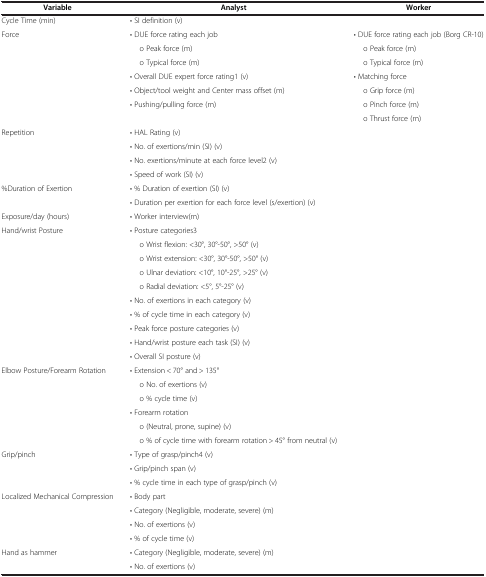
| Variable | Analyst | Worker |
 | --- | --- | --- |
 | Cycle Time (min) | • SI definition (v) |  |
 | <ROWSPAN=7> Force | • DUE force rating each job | • DUE force rating each job (Borg CR-10) |
 | o Peak force (m) | o Peak force (m) |
 | o Typical force (m) | o Typical force (m) |
 | • Overall DUE expert force rating1 (v) | • Matching force |
 | • Object/tool weight and Center mass offset (m) | o Grip force (m) |
 | • Pushing/pulling force (m) | o Pinch force (m) |
 |  | o Thrust force (m) |
 | <ROWSPAN=4> Repetition | • HAL Rating (v) |  |
 | • No. of exertions/min (SI) (v) |  |
 | • No. exertions/minute at each force level2 (v) |  |
 | • Speed of work (SI) (v) |  |
 | <ROWSPAN=2> %Duration of Exertion | • % Duration of exertion (SI) (v) |  |
 | • Duration per exertion for each force level (s/exertion) (v) |  |
 | Exposure/day (hours) | • Worker interview(m) |  |
 | <ROWSPAN=10> Hand/wrist Posture | • Posture categories3 |  |
 | o Wrist flexion: <30°, 30°-50°, >50° (v) |  |
 | o Wrist extension: <30°, 30°-50°, >50° (v) |  |
 | o Ulnar deviation: <10°, 10°-25°, >25° (v) |  |
 | o Radial deviation: <5°, 5°-25° (v) |  |
 | • No. of exertions in each category (v) |  |
 | • % of cycle time in each category (v) |  |
 | • Peak force posture categories (v) |  |
 | • Hand/wrist posture each task (SI) (v) |  |
 | • Overall SI posture (v) |  |
 | <ROWSPAN=6> Elbow Posture/Forearm Rotation | • Extension < 70° and > 135° |  |
 | o No. of exertions (v) |  |
 | o % cycle time (v) |  |
 | • Forearm rotation |  |
 | o (Neutral, prone, supine) (v) |  |
 | o % of cycle time with forearm rotation > 45° from neutral (v) |  |
 | <ROWSPAN=3> Grip/pinch | • Type of grasp/pinch4 (v) |  |
 | • Grip/pinch span (v) |  |
 | • % cycle time in each type of grasp/pinch (v) |  |
 | <ROWSPAN=4> Localized Mechanical Compression | • Body part |  |
 | • Category (Negligible, moderate, severe) (m) |  |
 | • No. of exertions (v) |  |
 | • % of cycle time (v) |  |
 | Hand as hammer | • Category (Negligible, moderate, severe) (m) |  |
 |  | • No. of exertions (v) |  |